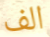
الف